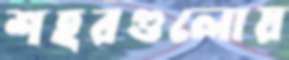
শহরগুলোয়